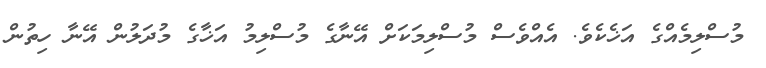
މުސްލިމެއްގެ އަޚެކެވެ. އެއްވެސް މުސްލިމަކަށް އޭނާގެ މުސްލިމު އަޚާގެ މުދަލުން އޭނާ ހިތުން